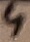
Text: 3